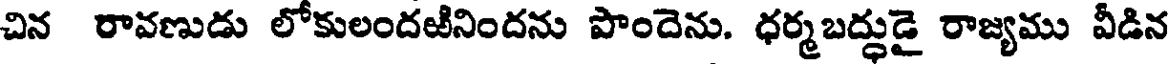
చిన రావణుడు లోకులందఱినిందను పొందెను. ధర్మబద్ధుడై రాజ్యము వీడిన